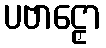
ပဗာဠှော